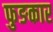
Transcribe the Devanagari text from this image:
फुङकार